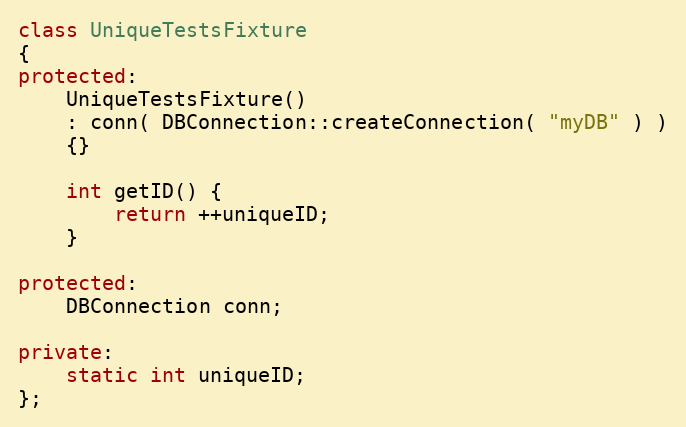
Language: C++
class UniqueTestsFixture
{
protected:
    UniqueTestsFixture()
    : conn( DBConnection::createConnection( "myDB" ) )
    {}

    int getID() {
        return ++uniqueID;
    }

protected:
    DBConnection conn;

private:
    static int uniqueID;
};